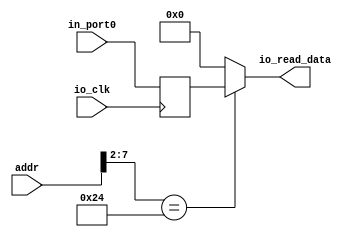
module io_input(addr, io_clk, io_read_data, in_port0);
    // TODO:  reset 
    
    input   [31: 0]     addr;
    input               io_clk;
    input   [31: 0]     in_port0;

    output  [31: 0]     io_read_data;
    //  I/O 

    reg     [31: 0]     in_reg0;
    reg     [31: 0]     io_read_data;
    // TODO: 

    initial
    begin
        in_reg0 <= 32'b0;
    end

    always @ (posedge io_clk)
    begin
        in_reg0 <= in_port0;
    end

    always @ (*)
    begin
        case (addr[7: 2])
            6'b100100:  io_read_data = in_reg0;
            //  90h 
            default:    io_read_data = 32'b0;
        endcase
    end

endmodule